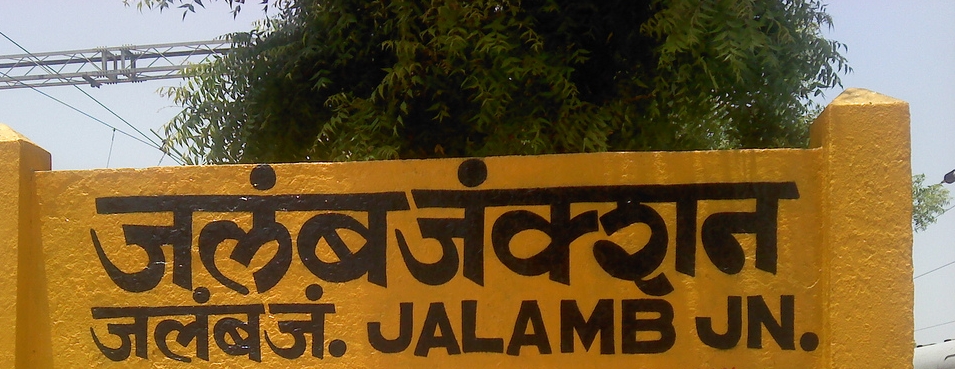
Language: hindi
Transcription: जलंब जं जंक्शन जलंब